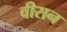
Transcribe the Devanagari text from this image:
वीसन